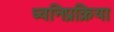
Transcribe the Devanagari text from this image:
ध्वनिप्रक्रिया